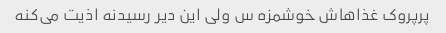
پرپروک غذاهاش خوشمزه س ولی این دیر رسیدنه اذیت می‌کنه